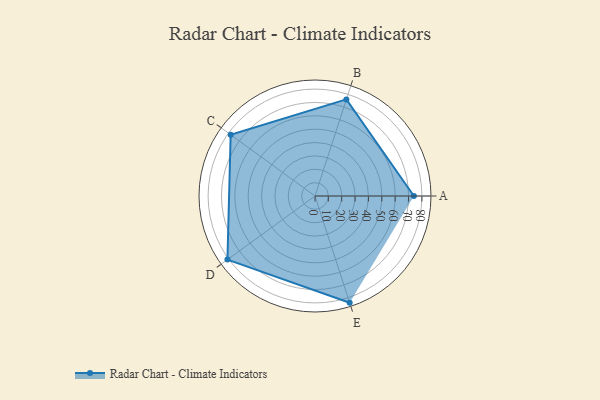
{"axis": {"x": "Skill", "y": "Score"}, "legend": ["Profile"], "data": [{"x": "A", "y": 74.0, "type": "Profile"}, {"x": "B", "y": 76.0, "type": "Profile"}, {"x": "C", "y": 78.0, "type": "Profile"}, {"x": "D", "y": 81.0, "type": "Profile"}, {"x": "E", "y": 84.0, "type": "Profile"}]}